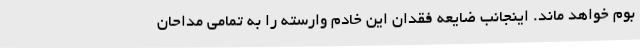
بوم خواهد ماند. اینجانب ضایعه فقدان این خادم وارسته را به تمامی مداحان